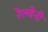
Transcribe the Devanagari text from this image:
रेल्वेनी